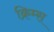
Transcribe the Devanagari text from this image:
क्रिम्स